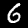
Label: 6